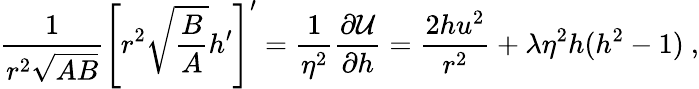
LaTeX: \frac 1{r^{2}\sqrt{AB}}\left[r^{2}\sqrt{\frac BA}h^{\prime}\right]^{\prime}=\frac 1{\eta^{2}}\frac{\partial{\cal U}}{\partial h}=\frac{2hu^{2}}{r^{2}}+\lambda\eta^{2}h(h^{2}-1)\ ,